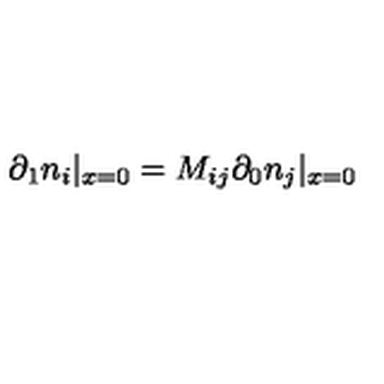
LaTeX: \partial _ { 1 } n _ { i } | _ { x = 0 } = M _ { i j } \partial _ { 0 } n _ { j } | _ { x = 0 }